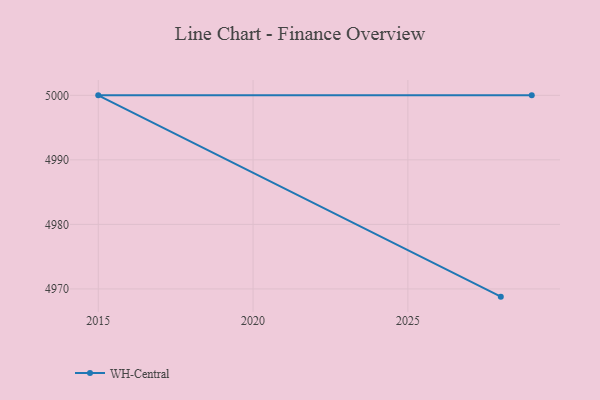
{"axis": {"x": "Year", "y": "Shipments"}, "legend": ["WH-Central"], "data": [{"x": "2028", "y": 4968.8, "type": "WH-Central"}, {"x": "2015", "y": 5000, "type": "WH-Central"}, {"x": "2029", "y": 5000, "type": "WH-Central"}]}